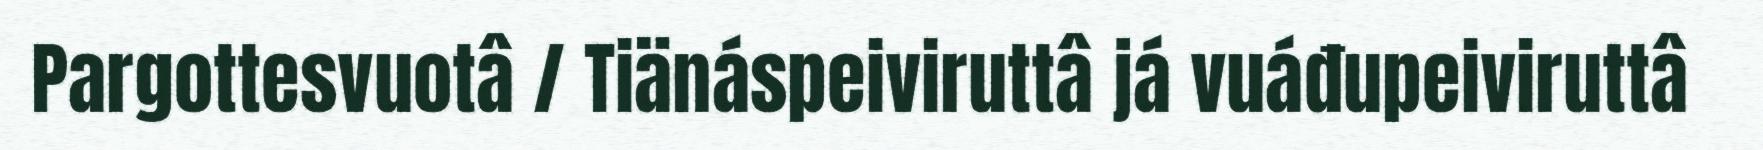
Pargottesvuotâ / Tiänáspeiviruttâ já vuáđupeiviruttâ